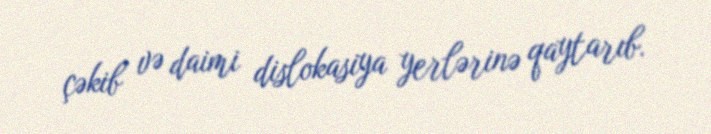
çəkib və daimi dislokasiya yerlərinə qaytarıb.